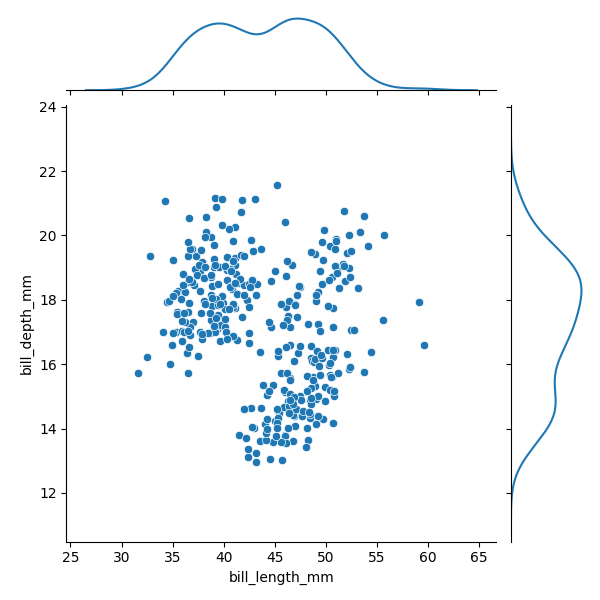
python, seaborn, JointGrid, scatterplot, kdeplot